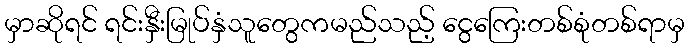
မှာဆိုရင် ရင်းနှီးမြုပ်နှံသူတွေကမည်သည့် ငွေကြေးတစ်စုံတစ်ရာမှ